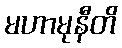
မဟာမုနီတိ